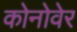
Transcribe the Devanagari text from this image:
कोनोवेर